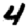
Digit: 4